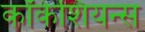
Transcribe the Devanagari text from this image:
कॉकेशियन्स